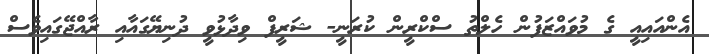
އެންއައިއީ ގެ މުވައްޒަފުން ހެލްތު ސްކްރީން ކުރަނީ- ޝަރީފް ވިދާޅުވީ ދުނިޔޭގައާއި ރާއްޖޭގައިވެސް